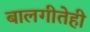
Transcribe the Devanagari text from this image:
बालगीतेही